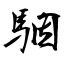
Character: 駰